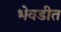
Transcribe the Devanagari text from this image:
भेवडीत